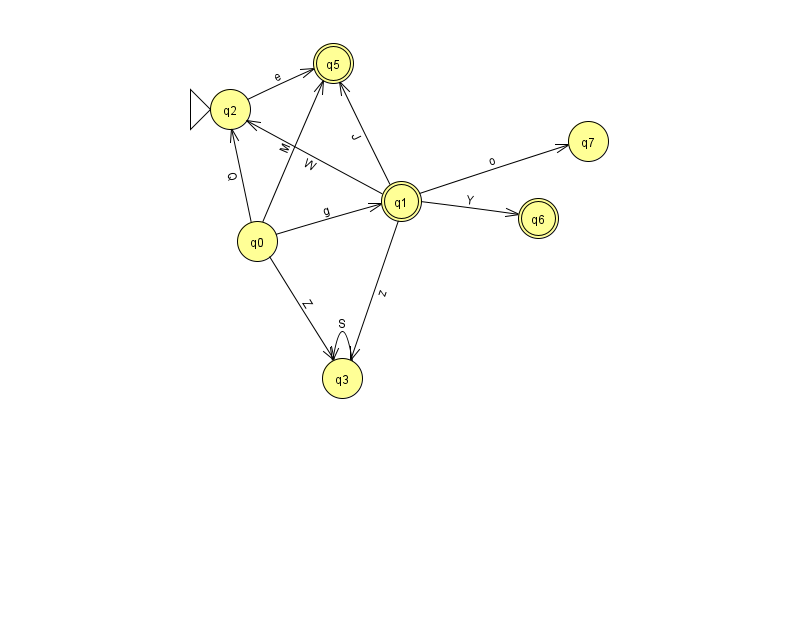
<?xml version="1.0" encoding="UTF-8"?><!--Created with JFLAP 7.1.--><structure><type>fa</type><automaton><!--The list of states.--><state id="0" name="q0"><x>257.0</x><y>228.0</y></state><state id="1" name="q1"><x>401.0</x><y>188.0</y><final/></state><state id="2" name="q2"><x>230.0</x><y>96.0</y><initial/></state><state id="3" name="q3"><x>342.0</x><y>365.0</y></state><state id="5" name="q5"><x>333.0</x><y>50.0</y><final/></state><state id="6" name="q6"><x>538.0</x><y>205.0</y><final/></state><state id="7" name="q7"><x>588.0</x><y>128.0</y></state><!--The list of transitions.--><transition><from>3</from><to>3</to><read>S</read></transition><transition><from>0</from><to>5</to><read>M</read></transition><transition><from>1</from><to>7</to><read>o</read></transition><transition><from>0</from><to>2</to><read>Q</read></transition><transition><from>1</from><to>3</to><read>z</read></transition><transition><from>1</from><to>2</to><read>W</read></transition><transition><from>2</from><to>5</to><read>e</read></transition><transition><from>1</from><to>5</to><read>J</read></transition><transition><from>1</from><to>6</to><read>Y</read></transition><transition><from>0</from><to>1</to><read>g</read></transition><transition><from>0</from><to>3</to><read>Z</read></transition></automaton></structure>